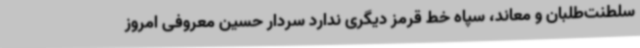
سلطنت‌طلبان و معاند، سپاه خط قرمز دیگری ندارد سردار حسین معروفی امروز